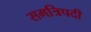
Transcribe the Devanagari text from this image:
समत्रिपदी